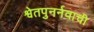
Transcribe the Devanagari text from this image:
श्वेतपुनर्नवाची